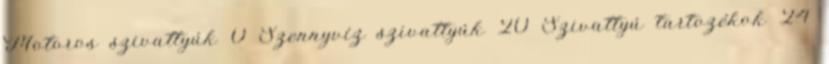
Motoros szivattyúk 0 Szennyvíz szivattyúk 20 Szivattyú tartozékok 24